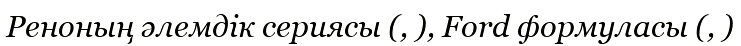
Реноның әлемдік сериясы (, ), Ford формуласы (, )